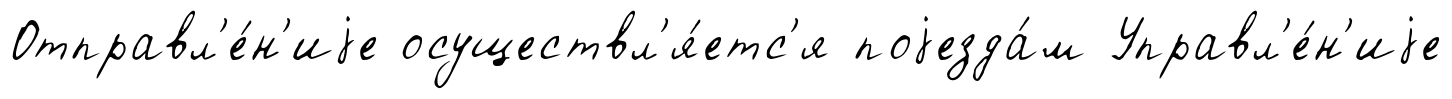
Отправл'е́н'иjе осуществл'я́етс'я поjезда́м Управл'е́н'иjе